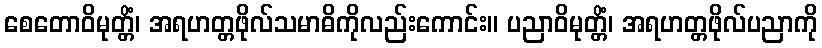
စေတောဝိမုတ္တိံ၊ အရဟတ္တဖိုလ်သမာဓိကိုလည်းကောင်း။ ပညာဝိမုတ္တိံ၊ အရဟတ္တဖိုလ်ပညာကို